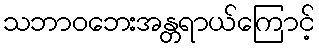
သဘာဝဘေးအန္တရာယ်ကြောင့်